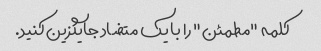
کلمه "مطمئن" را با یک متضاد جایگزین کنید.